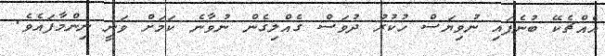
އެއްޗެކޭ ބުނެފައި ނުވިޔަސް ހުކުރު ދުވަސް ގެއްލިގެން ނުވާނެ ކަމަށް ވަނީ ނިންމާފައެވެ.